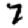
Digit: 7